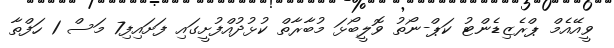
ވީއޭއެމް ޕްރެޒިޑެންޓު ކަޕް-ނޯތު ވޮލީބޯޅަ މުބާރާތް ކުޅުދުއްފުށީގައި ފަށައިފި7 މަސް 1 ހަފްތާ